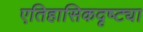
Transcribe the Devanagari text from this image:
एतिहासिकदृष्ट्या